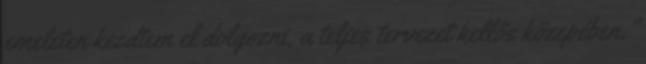
emeleten kezdtem el dolgozni, a teljes tervezet kellős közepében.”